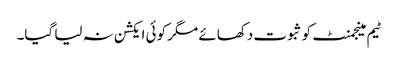
ٹیم مینجمنٹ کو ثبوت دکھائے مگر کوئی ایکشن نہ لیا گیا۔